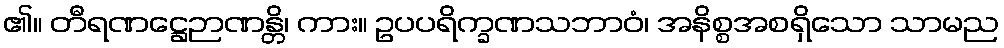
၏။ တီရဏဋ္ဌေဉာဏန္တိ၊ ကား။ ဥပပရိက္ခဏသဘာဝံ၊ အနိစ္စအစရှိသော သာမည